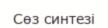
Сөз синтезі